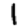
Digit: 1